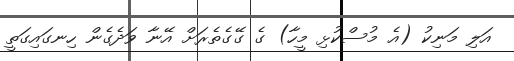
އަލި މަނިކު (އެ މުސްކުޅި މީހާ) ގެ ގޭގެތެރަށް އޭނާ ވަދެގެން ހިނގައިގަތީ